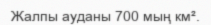
Жалпы ауданы 700 мың км².